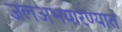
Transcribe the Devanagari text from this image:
जलअभयारण्यात